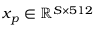
\boldsymbol { x } _ { p } \in \mathbb { R } ^ { S \times 5 1 2 }